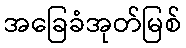
အခြေခံအုတ်မြစ်